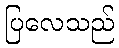
ပြလေသည်